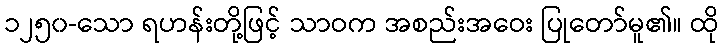
၁၂၅၀-သော ရဟန်းတို့ဖြင့် သာဝက အစည်းအဝေး ပြုတော်မူ၏။ ထို